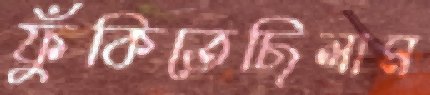
ফুঁকিতেছিলাম